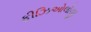
ફીઝિઓલોજી